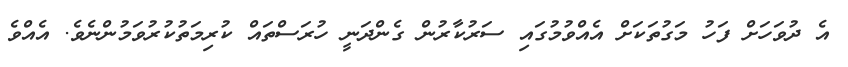
އެ ދުވަހަށް ފަހު މަގުތަކަށް އެއްވުމުގައި ސަރުކާރުން ގެންދަނީ ހުރަސްތައް ކުރިމަތުކުރުވަމުންނެވެ. އެއްވެ